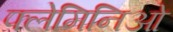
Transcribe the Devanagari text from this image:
फ्लेमिनिओ